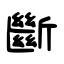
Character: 斷